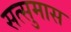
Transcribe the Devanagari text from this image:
सत्सुमास